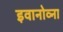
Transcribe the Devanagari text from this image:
इवानोव्ना